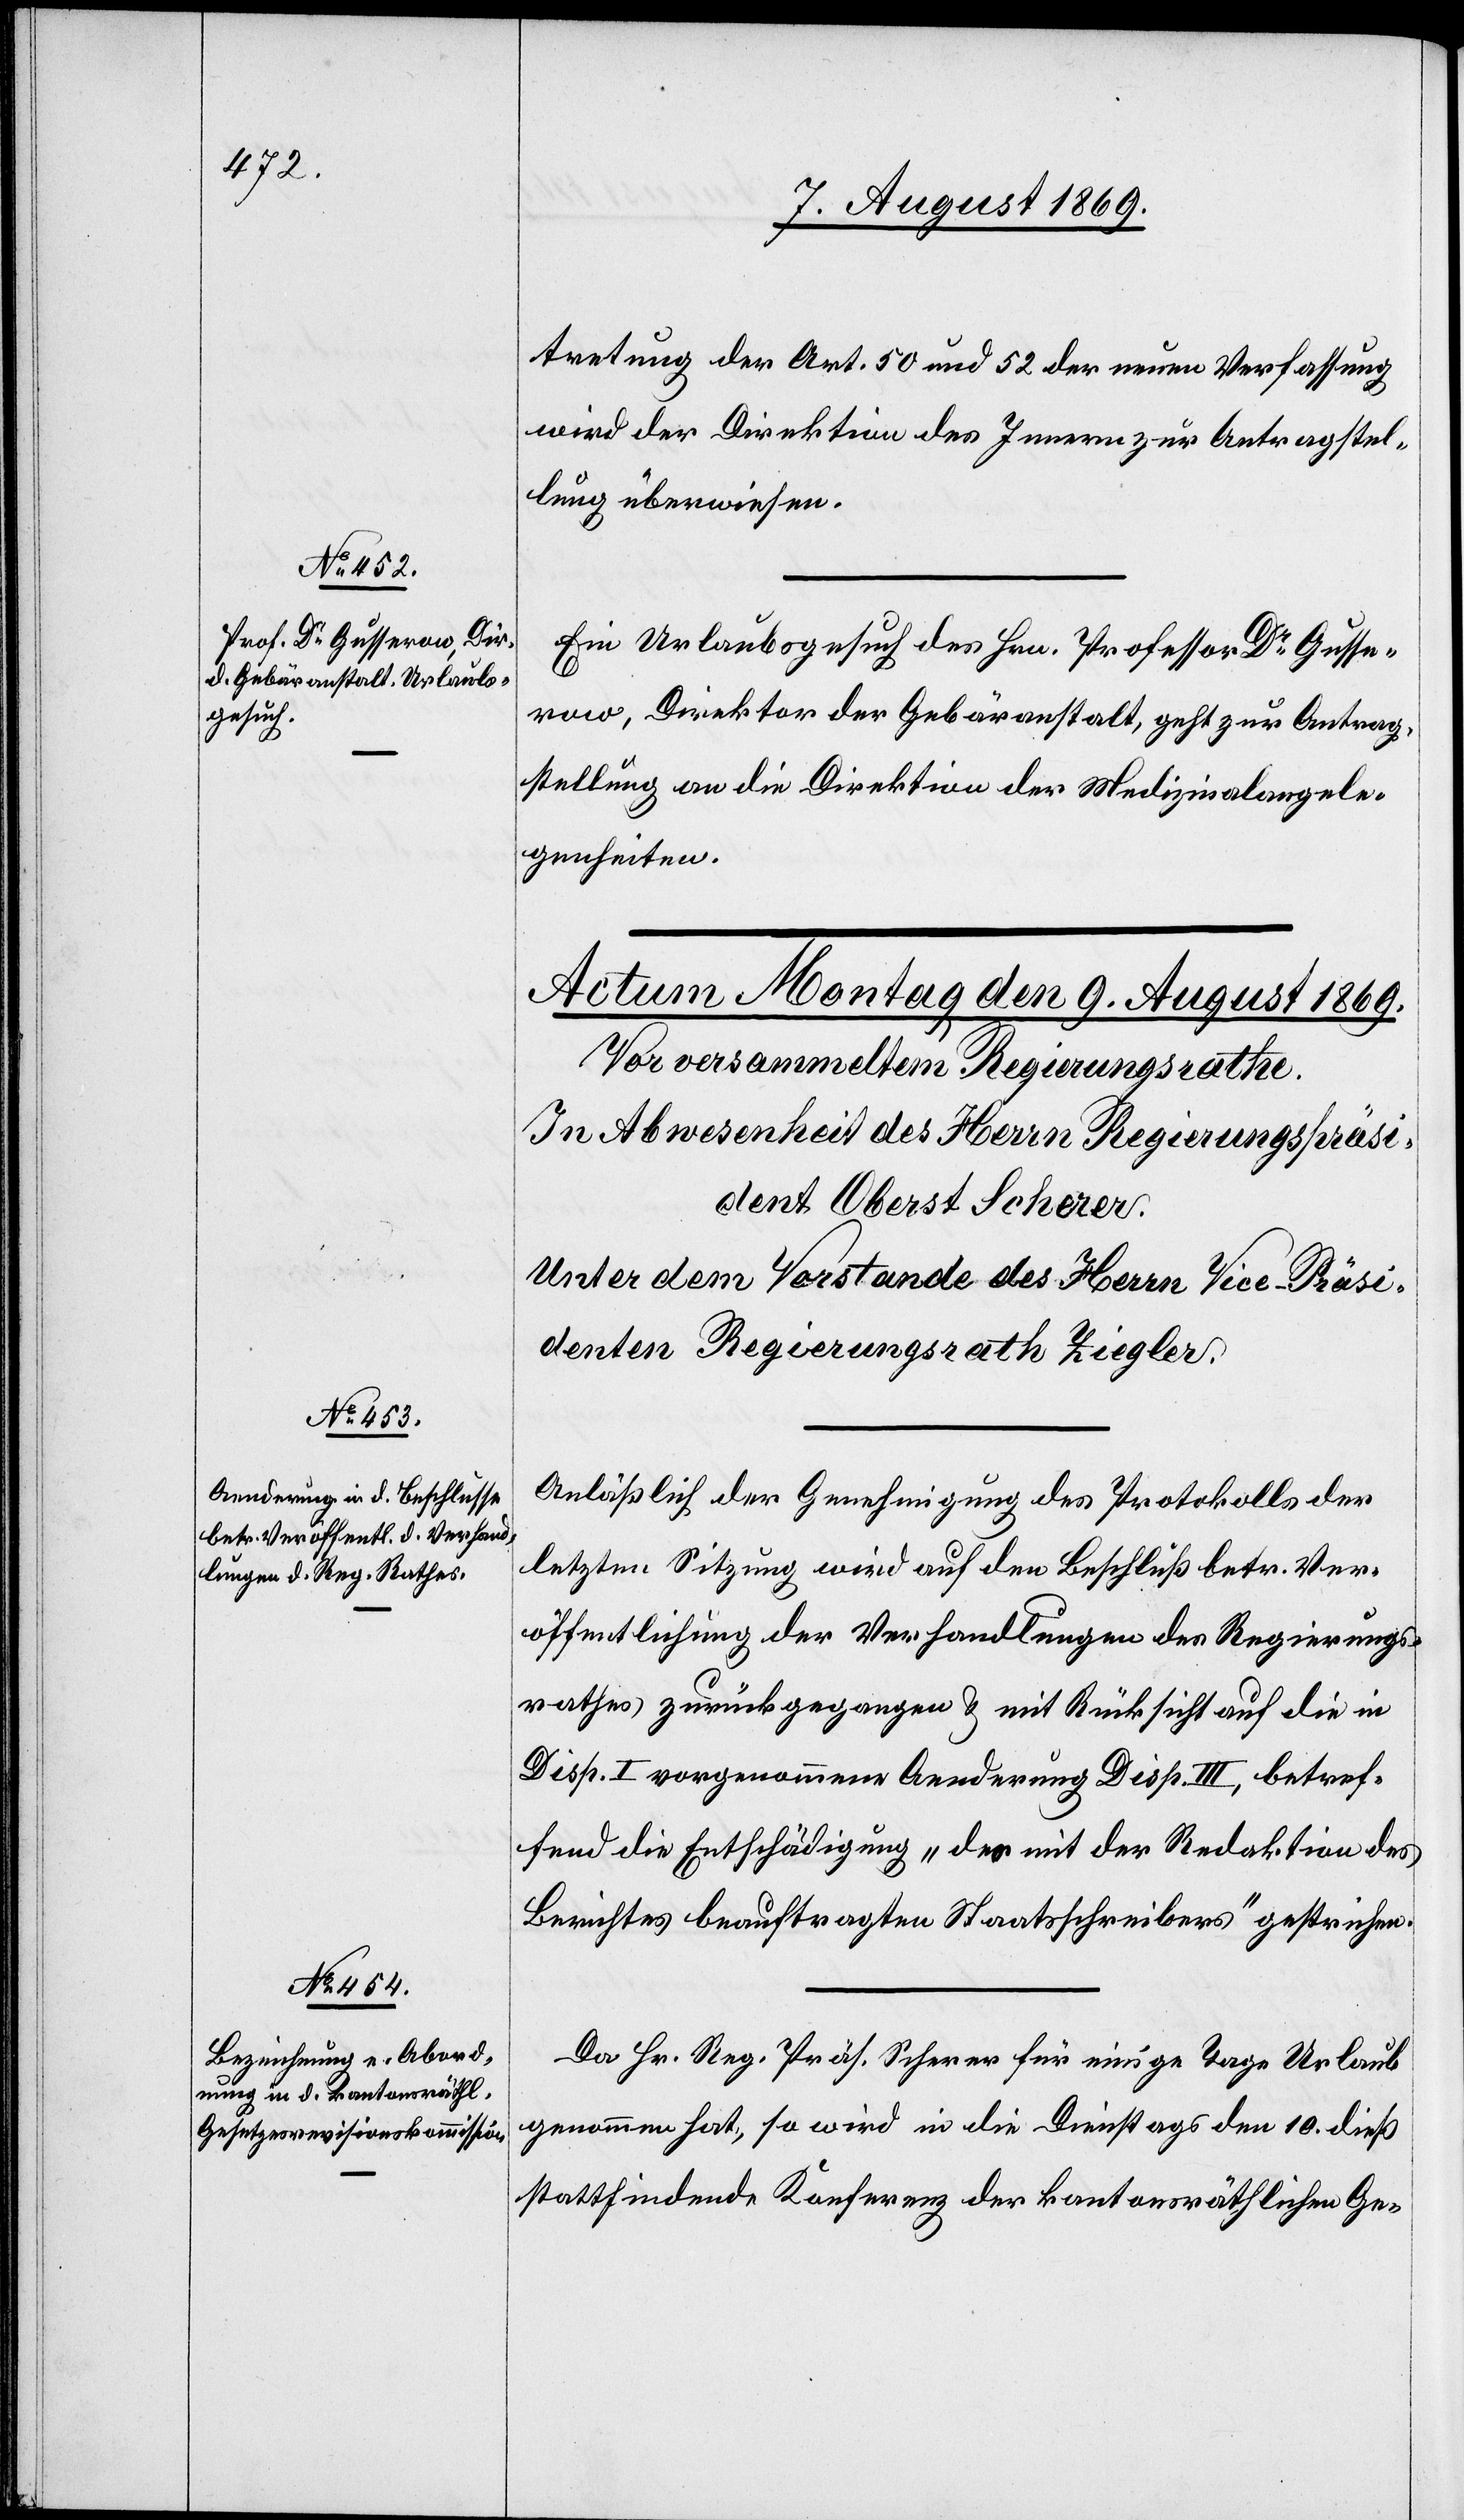
7. August 1869.]
tretung der Art. 50 und 52 der neuen Verfassung
wird der Direktion des Innern zur Antragstel¬
lung überwiesen.
Ein Urlaubsgesuch des Hrn. Professor Dr Gusse¬
row, Direktor der Gebäranstalt geht zur Antrag¬
stellung an die Direktion der Medizinalangele¬
genheiten.
Anläßlich der Genehmigung des Protokolls der
letzten Sitzung wird auf den Beschluß betr. Ver¬
öffentlichung der Verhandlungen des Regierungs¬
rathes zurückgegangen & mit Rücksicht auf die in
Disp. I vorgenommenen Aenderung Disp. III, betref¬
fend die Entschädigung „des mit der Redaktion des
Berichtes beauftragten Staatsschreibers“ gestrichen.
Da Hr. Reg. Präs. Scherer für einige Tage Urlaub
genommen hat, so wird in die Dienstags den 10 dieß
stattfindende Konferenz der kantonsräthlichen Ge-